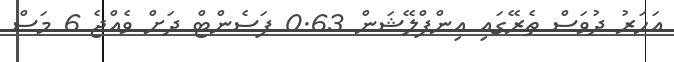
އަހަރު ދުވަސް ތެރޭގައި އިންފްލޭޝަން 0.63 ޕަސެންޓް ދަށް ވެއްޖެ 6 މަސް